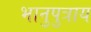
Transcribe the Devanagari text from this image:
भानुपुत्राय